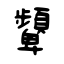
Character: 顰